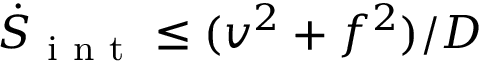
\dot { S } _ { \mathrm { ~ i ~ n ~ t ~ } } \leq ( v ^ { 2 } + f ^ { 2 } ) / D